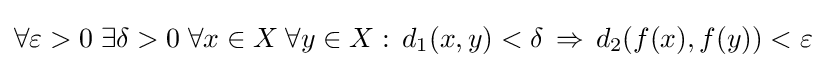
\forall \varepsilon >0\;\exists \delta >0\;\forall x\in X\;\forall y\in X:\,d_{1}(x,y)<\delta \,\Rightarrow \,d_{2}(f(x),f(y))<\varepsilon